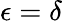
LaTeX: \epsilon=\delta